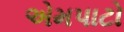
એમપાટો